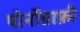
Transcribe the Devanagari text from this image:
पोर्नोग्राफ़ी